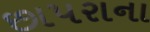
છાપરાના